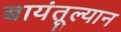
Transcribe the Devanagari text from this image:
बायंतूल्यान